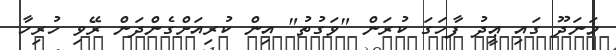
މަނަދޫ ގައި ޢީދު ފާހަގަ ކުރަން "ވަގުތު" އިން ކުރިއަށްގެންދަން ރޭވި ހުރިހާ